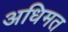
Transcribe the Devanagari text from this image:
अधिमत